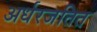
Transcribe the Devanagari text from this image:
अर्धरजतित